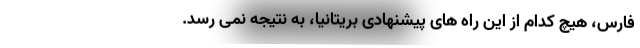
فارس، هیچ کدام از این راه های پیشنهادی بریتانیا، به نتیجه نمی رسد.